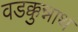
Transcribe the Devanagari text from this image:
वडक्कुन्नाथ